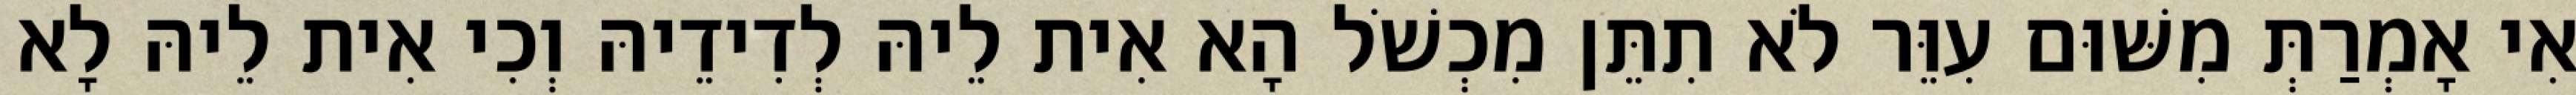
אִי אָמְרַתְּ מִשּׁוּם עִוֵּר לֹא תִתֵּן מִכְשֹׁל הָא אִית לֵיהּ לְדִידֵיהּ וְכִי אִית לֵיהּ לָא